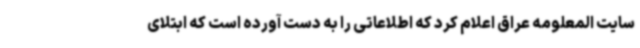
سایت المعلومه عراق اعلام کرد که اطلاعاتی را به دست آورده است که ابتلای